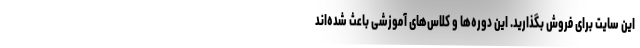
این سایت برای فروش بگذارید. این دوره‌ها و کلاس‌های آموزشی باعث شده‌اند